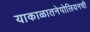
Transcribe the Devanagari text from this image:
याकाळातनेपोलियनची